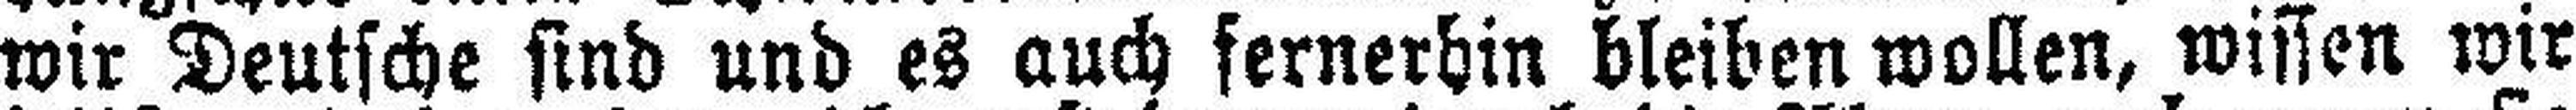
wir Deutsche sind und es auch fernerhin bleiben wollen, wissen wir